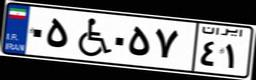
۰۵W۰۵۷۴۱